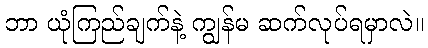
ဘာ ယုံကြည်ချက်နဲ့ ကျွန်မ ဆက်လုပ်ရမှာလဲ။